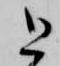
と